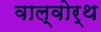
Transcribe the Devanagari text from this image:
वाल्वोर्थ